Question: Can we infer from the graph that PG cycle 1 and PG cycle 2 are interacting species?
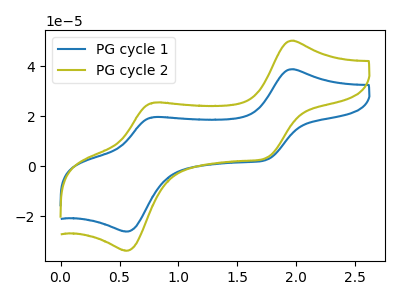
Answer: <think>The blue curve "PG cycle 1" has anodic peaks at (1.95V, 38.85uA) (0.80V, 19.75uA) and cathodic peaks at (1.75V, 2.65uA) (0.55V, -26.00uA). The olive curve "PG cycle 2" has anodic peaks at (1.95V, 50.25uA) (0.80V, 25.50uA) and cathodic peaks at (1.75V, 3.45uA) (0.55V, -33.65uA).
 All the peaks in "PG cycle 1" have a peak in "PG cycle 2" at the same potential.</think>
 <answer>No, "PG cycle 1" and "PG cycle 2" don't appear to be significantly different in shape</answer>
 <eval>no_change</eval>